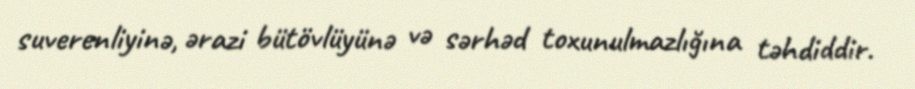
suverenliyinə, ərazi bütövlüyünə və sərhəd toxunulmazlığına təhdiddir.